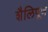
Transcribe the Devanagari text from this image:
शैलिपूर्ण